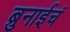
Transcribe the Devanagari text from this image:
ब्रुनाईचं